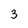
Character: 3